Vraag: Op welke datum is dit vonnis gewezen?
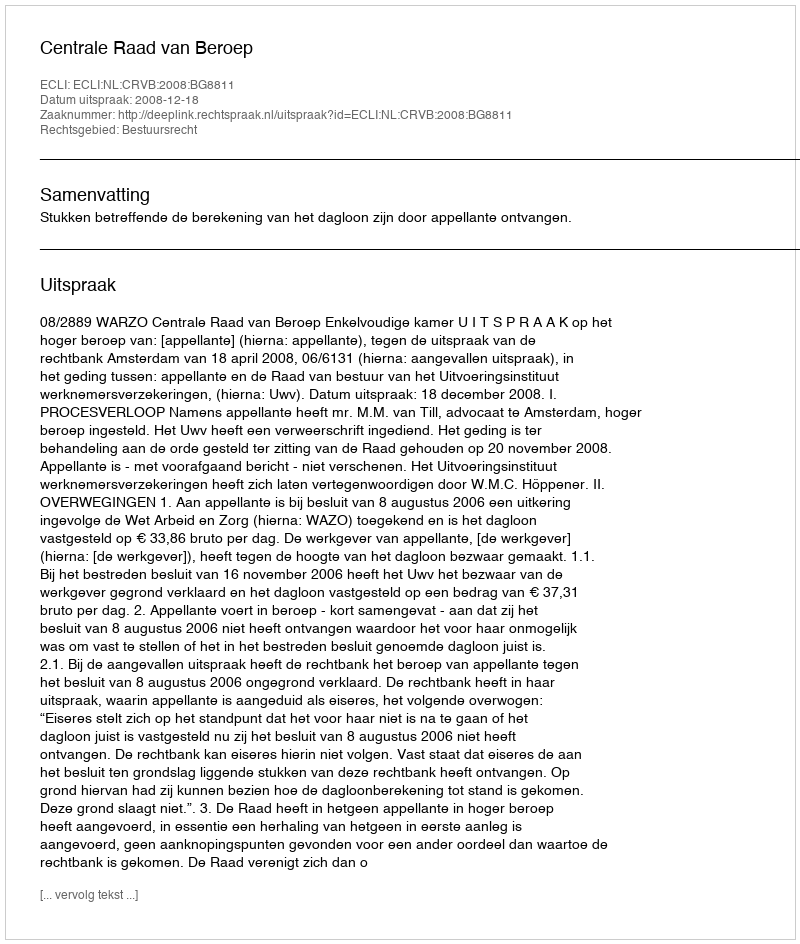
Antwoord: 2008-12-18